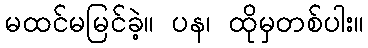
မထင်မမြင်ခဲ့။ ပန၊ ထိုမှတစ်ပါး။